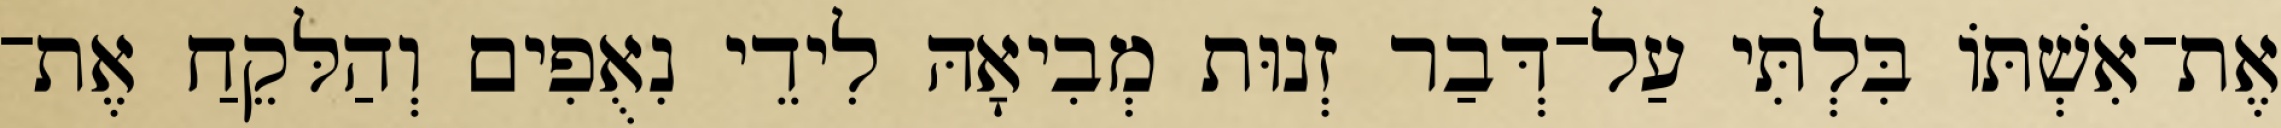
אֶת־אִשְׁתּוֹ בִּלְתִּי עַל־דְּבַר זְנוּת מְבִיאָהּ לִידֵי נִאֻפִים וְהַלּקֵחַ אֶת־